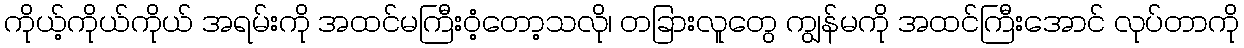
ကိုယ့်ကိုယ်ကိုယ် အရမ်းကို အထင်မကြီးဝံ့တော့သလို၊ တခြားလူတွေ ကျွန်မကို အထင်ကြီးအောင် လုပ်တာကို